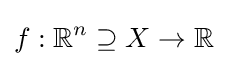
f:\mathbb {R} ^{n}\supseteq X\to \mathbb {R}